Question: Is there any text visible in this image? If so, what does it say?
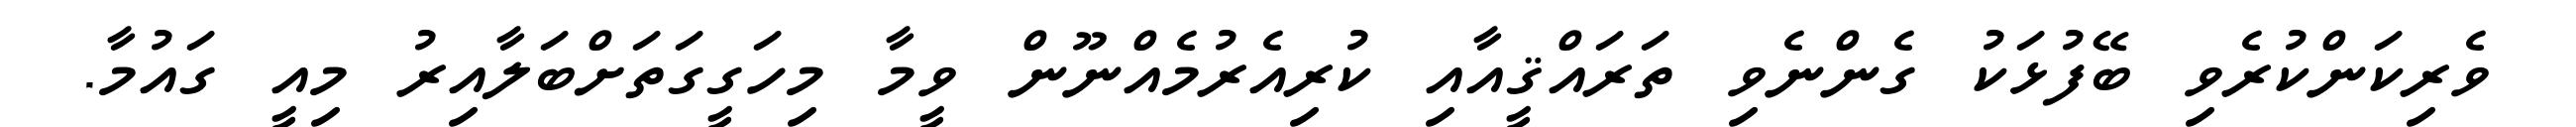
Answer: ވެރިކަންކުރެވި ބޭފުޅަކު ގެންނެވި ތަރައްޤީއާއި ކުރިއެރުމެއްނޫން ވީމާ މިހަގީގަތަށްބަލާއިރު މިއީ ގައުމާ.